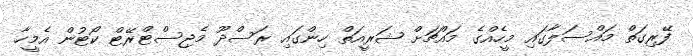
ފޭރިގަތް މައްސަލާގައި މީހެއްގެ މައްޗަށް ޝަރީއަތް ހިންގައި ރަސްދޫ މެޖިސްޓްރޭޓް ކޯޓުން އެމީހާ